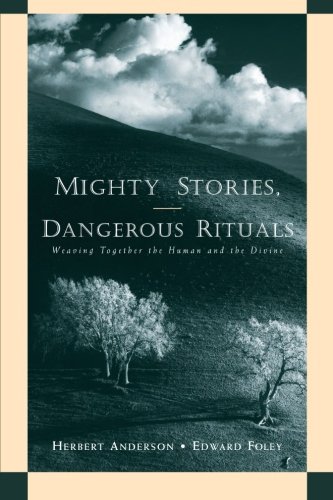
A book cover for Mighty Stories, Dangerous Rituals: Weaving Together the Human and the Divine; Herbert Anderson; Crafts, Hobbies & Home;